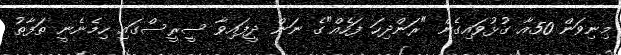
މިނިވަން 50އާ ގުޅުވައިގެން "ރަންދިހަ ފަހެއް"ގެ ނަން ދީފައިވާ ސީރީސްގައި ހިމެނެނީ ތަފާތު